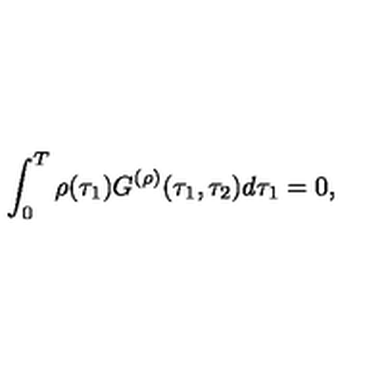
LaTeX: \int _ { 0 } ^ { T } \rho ( \tau _ { 1 } ) G ^ { ( \rho ) } ( \tau _ { 1 } , \tau _ { 2 } ) d \tau _ { 1 } = 0 ,